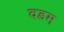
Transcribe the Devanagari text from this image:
वडम